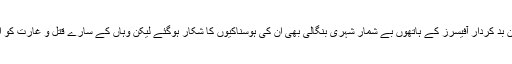
مکتی باہنی سے جنگ کر تے ہوئے عالم تکبر میں ان بد کردار آفیسرز کے ہاتھوں بے شمار شہری بنگالی بھی ان کی ہوسناکیوں کا شکار ہوگئے لیکن وہاں کے سارے قتل و غارت کو افواج پاکستان سے منسوب کر دینا بھی بد دیانتی ہے۔